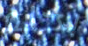
بحلم